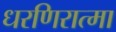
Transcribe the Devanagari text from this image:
धरणिरात्मा